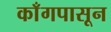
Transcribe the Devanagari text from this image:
काँगपासून